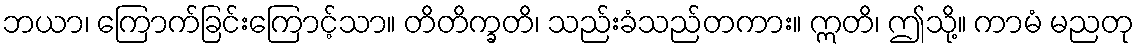
ဘယာ၊ ကြောက်ခြင်းကြောင့်သာ။ တိတိက္ခတိ၊ သည်းခံသည်တကား။ ဣတိ၊ ဤသို့။ ကာမံ မညတု